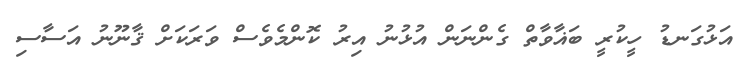
އަޅުގަނޑު ހީކުރީ ބަޣާވާތް ގެންނަން އުޅުނު އިރު ކޮންމެވެސް ވަރަކަށް ޤާނޫނު އަސާސި